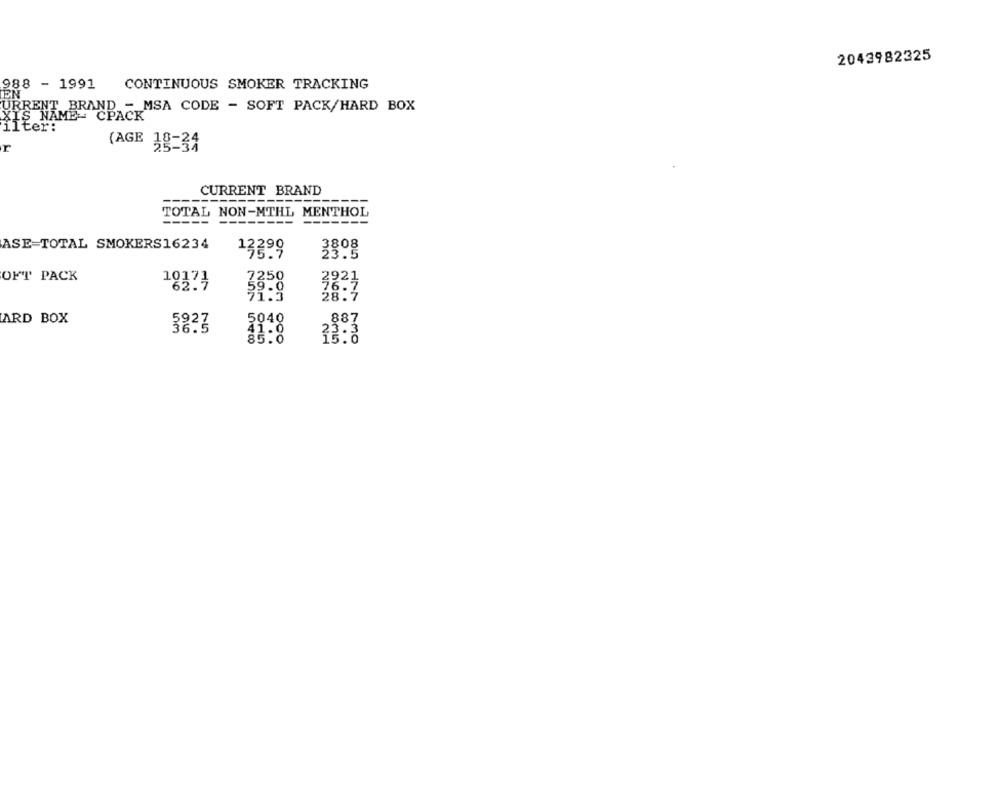
2043982325
988 - 1991
CONTINUOUS SMOKER TRACKING
URRENT BRAND - MSA CODE - SOFT PACK/HARD BOX
XIS NAME-
ilter:
r
(AGE 38-34
CURRENT BRAND
TOTAL NON-MTHL MENTHOL
-------
-----
ASE=TOTAL SMOKERS16234
13298
33.5
OFT PACK
10373
3921
28:4
ARD BOX
887
5823
.. .